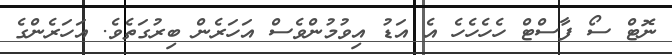
ނޮޓް ސޯ ފާސްޓް ހެހެހެހެ އެ އަޑު އިވުމުންވެސް އަހަރެން ބިރުގަތެވެ. އަހަރެންގެ